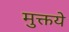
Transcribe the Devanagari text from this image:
मुक्तये